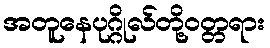
အတူနေပုဂ္ဂိုလ်တို့ဝတ္တရား